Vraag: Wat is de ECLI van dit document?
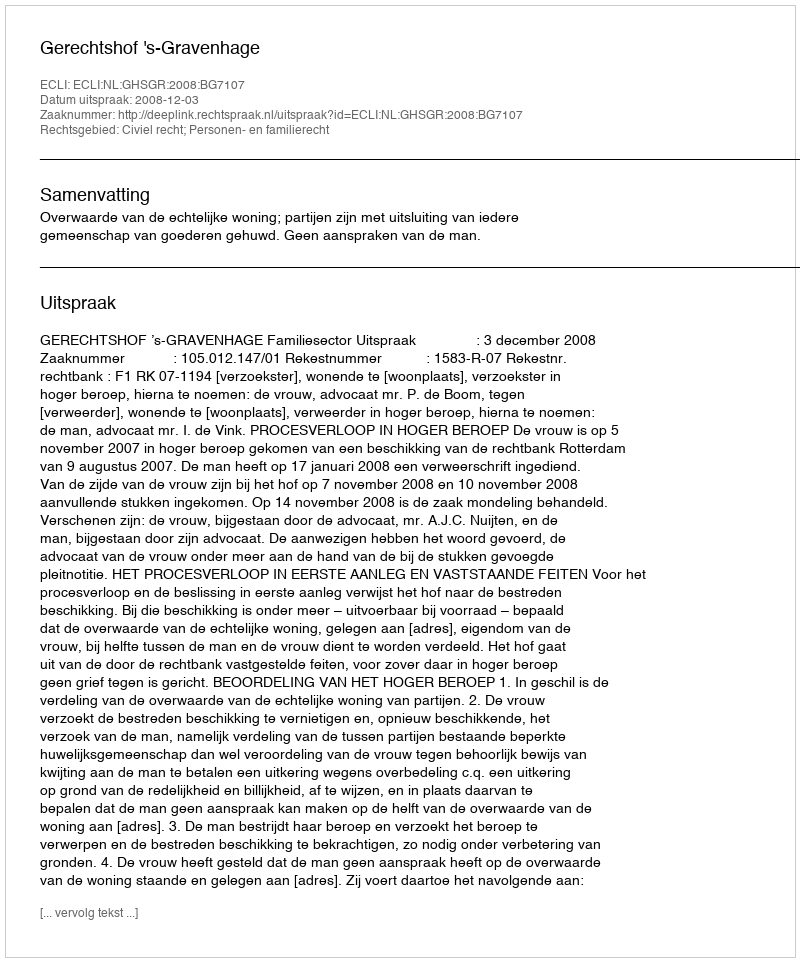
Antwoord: ECLI:NL:GHSGR:2008:BG7107